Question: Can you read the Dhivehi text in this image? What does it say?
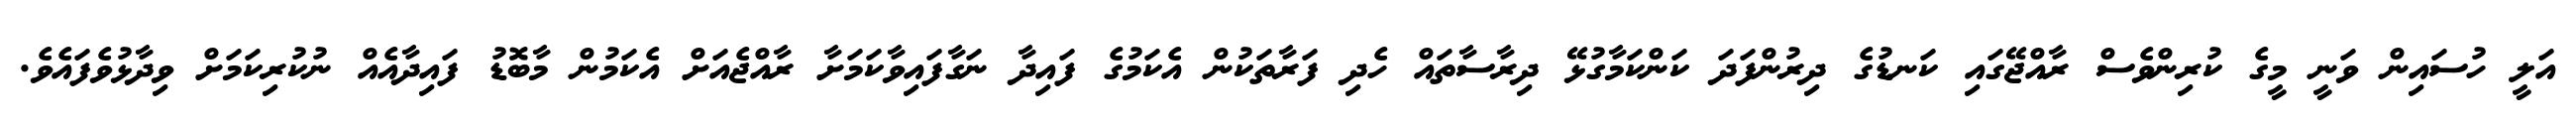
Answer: އަލީ ހުސައިން ވަނީ މީގެ ކުރިންވެސް ރާއްޖޭގައި ކަނޑުގެ ދިރުންފަދަ ކަންކަމާގުޅޭ ދިރާސާތައް ހެދި ފަރާތަކުން އެކަމުގެ ފައިދާ ނަގާފައިވާކަމަށާ ރާއްޖެއަށް އެކަމުން މާބޮޑު ފައިދާއެއް ނުކުރިކަމަށް ވިދާޅުވެފައެވެ.